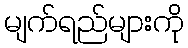
မျက်ရည်များကို